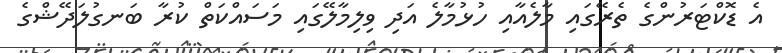
އެ ޑޮކްޓަރުންގެ ތެރޭގައި މާލެއާއި ހުޅުމާލެ އަދި ވިލިމާލޭގައި މަސައްކަތް ކުރާ ބަނގުލަދޭޝްގެ